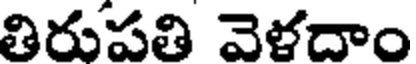
తిరుపతి వెళదాం